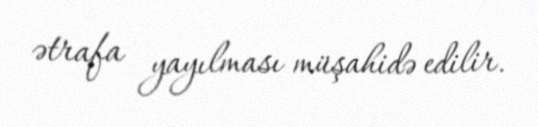
ətrafa yayılması müşahidə edilir.